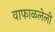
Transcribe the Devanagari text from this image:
वाफाळलेली